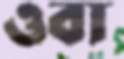
ওবা